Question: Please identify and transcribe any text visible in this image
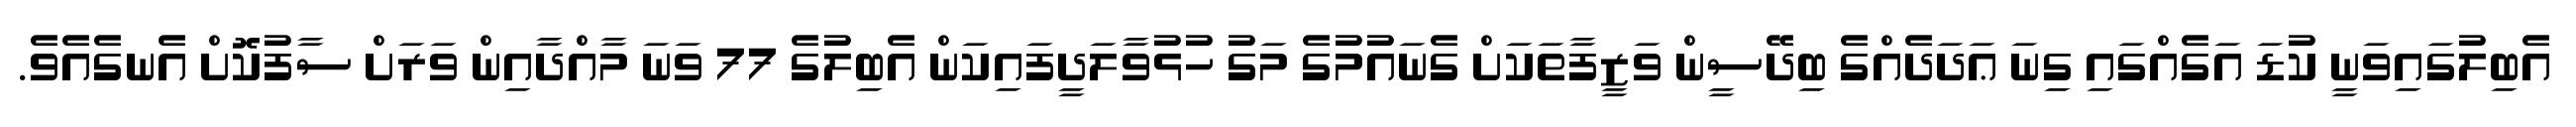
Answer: އެބިލުގައިވަނީ ކުޑަ އަގެއްގައި ގިނަ ޢަދަދެއްގެ ބިދޭސީން ވަޒީފާތަކަށް ގެނައުމުގެ މަގު ހުޅުވާލަދީފައިކަން އެބިލުގެ 77 ވަނަ މާއްދާއިން ވަރަށް ސާފުކޮށް އެނގެއެވެ.